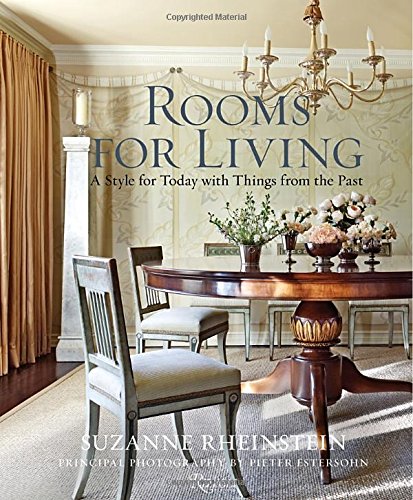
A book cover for Rooms for Living: A Style for Today with Things from the Past; Suzanne Rheinstein; Crafts, Hobbies & Home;